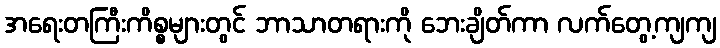
အရေးတကြီးကိစ္စများတွင် ဘာသာတရားကို ဘေးချိတ်ကာ လက်တွေ့ကျကျ